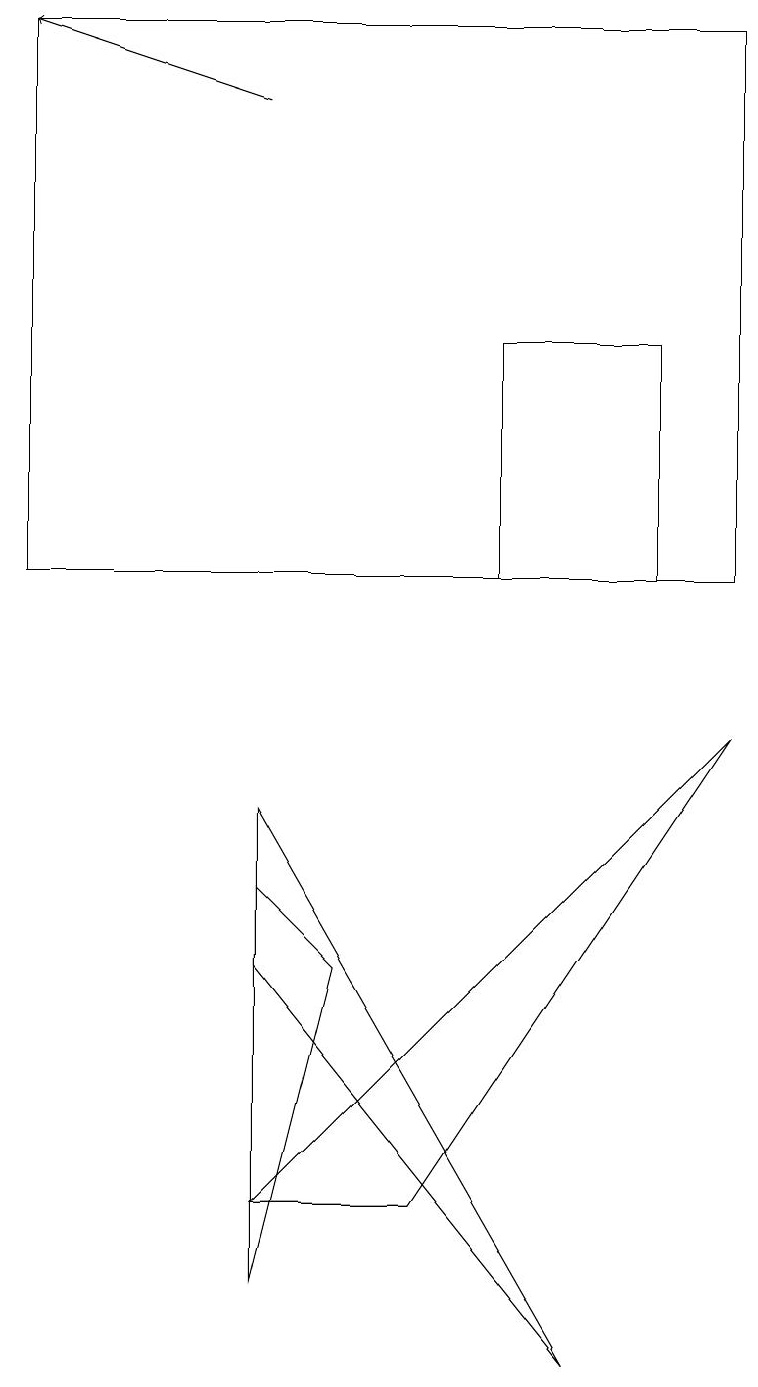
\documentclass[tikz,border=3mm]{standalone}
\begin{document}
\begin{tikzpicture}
\draw (0,11) rectangle (9,18);
\draw[->] (3,17) -- (0,18);
\draw (3,2) -- (4,6) -- (3,7) -- cycle;
\draw (3,3) -- (5,3) -- (9,9) -- cycle;
\draw (7,1) -- (3,6) -- (3,8) -- cycle;
\draw (6,11) rectangle (8,14);
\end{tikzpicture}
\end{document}